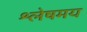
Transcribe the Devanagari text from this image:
श्लेषमय